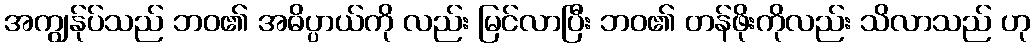
အကျွန်ုပ်သည် ဘဝ၏ အဓိပ္ပာယ်ကို လည်း မြင်လာပြီး ဘဝ၏ တန်ဖိုးကိုလည်း သိလာသည် ဟု